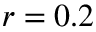
r = 0 . 2